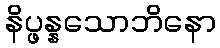
နိပ္ဖန္နသောဘိနော